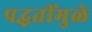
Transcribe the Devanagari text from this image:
पद्धतींमुळे